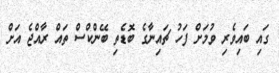
ގައި ބައިވެރި ވުމަށް ފަހު ޗައިނާގެ ބޮޑެތި ބޭންކްސް ތައް ރާއްޖެ އަށް